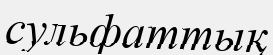
сульфаттық